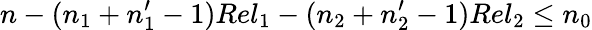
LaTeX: n-(n_{1}+n_{1}^{\prime}-1)Rel_{1}-(n_{2}+n_{2}^{\prime}-1)Rel_{2}\le n_{0}